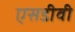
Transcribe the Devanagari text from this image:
एसडीवी